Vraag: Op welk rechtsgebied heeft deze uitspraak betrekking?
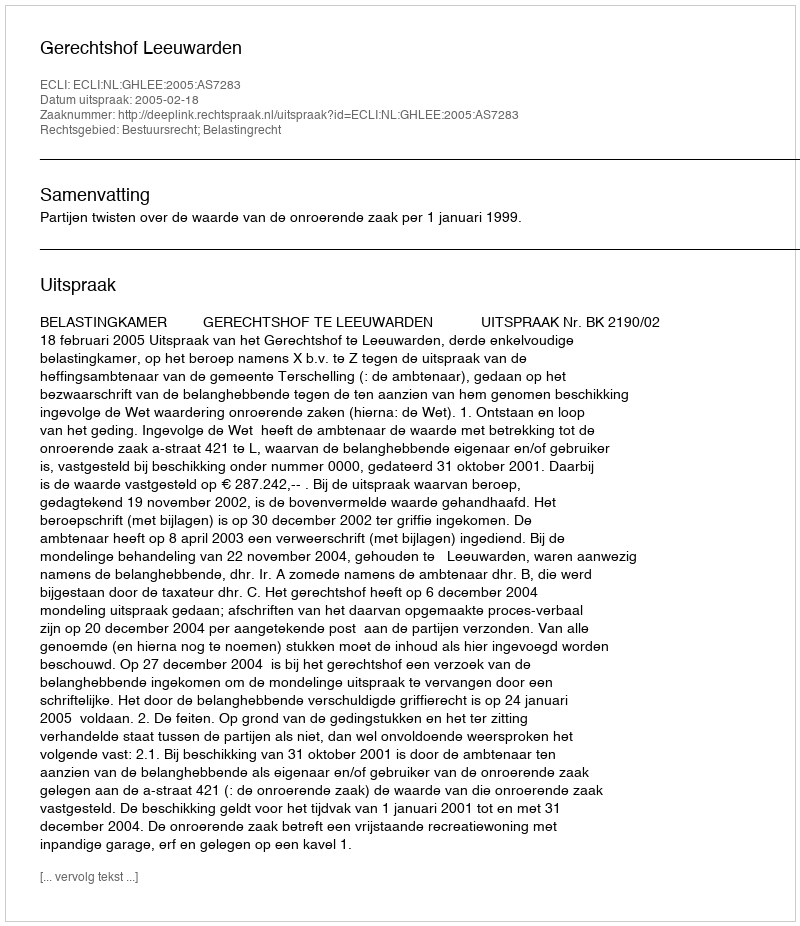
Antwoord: Bestuursrecht; Belastingrecht